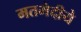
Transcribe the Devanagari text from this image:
मतभेदीये